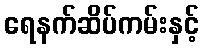
ရေနက်ဆိပ်ကမ်းနှင့်